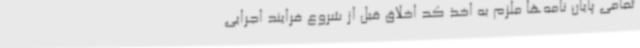
تمامی پایان نامه‌ها ملزم به اخذ کد اخلاق قبل از شروع فرایند اجرایی